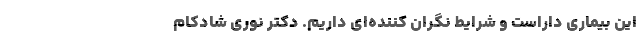
این بیماری داراست و شرایط نگران کننده‌ای داریم. دکتر نوری شادکام